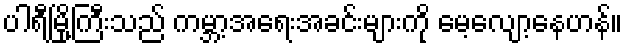
ပါရီမြို့ကြီးသည် ကမ္ဘာ့အရေးအခင်းများကို မေ့လျော့နေဟန်။